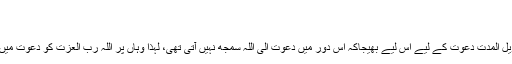
‘‘
(العنکبوت، 29: 14)
نوح علیہ السلام کو اِتنی طویل المدت دعوت کے لیے اس لیے بھیجاکہ اُس دور میں دعوت الی اللہ سمجھ نہیں آتی تھی، لہذا وہاں پر اللہ رب العزت کو دعوت میں طوالت کی ضرورت تھی۔